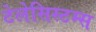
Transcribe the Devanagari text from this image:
टेलेसिस्टम्स